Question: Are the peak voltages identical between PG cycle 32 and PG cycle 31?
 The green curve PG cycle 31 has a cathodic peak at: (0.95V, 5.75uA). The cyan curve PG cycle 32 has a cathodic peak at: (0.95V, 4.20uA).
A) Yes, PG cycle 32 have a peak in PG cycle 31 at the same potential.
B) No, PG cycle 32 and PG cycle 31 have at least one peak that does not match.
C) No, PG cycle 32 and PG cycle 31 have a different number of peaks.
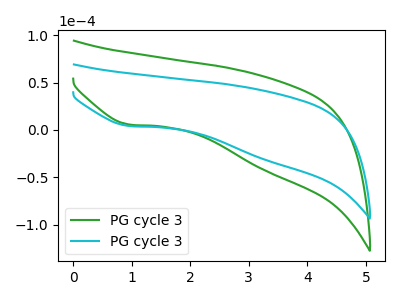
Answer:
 <answer>A) Yes, "PG cycle 32" have a peak in "PG cycle 31" at the same potential.</answer>
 <eval>A</eval>